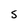
Character: S